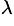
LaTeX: ^{\lambda}